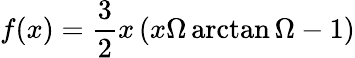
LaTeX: f(x)=\frac{3}{2}x\left(x\Omega\arctan\Omega-1\right)